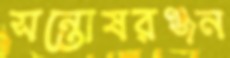
সন্তোষরঞ্জন